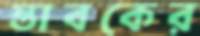
স্তাবকের